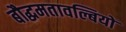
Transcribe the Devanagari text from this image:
बौद्धमतावल्बियों